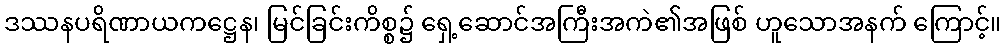
ဒဿနပရိဏာယကဋ္ဌေန၊ မြင်ခြင်းကိစ္စ၌ ရှေ့ဆောင်အကြီးအကဲ၏အဖြစ် ဟူသောအနက် ကြောင့်။